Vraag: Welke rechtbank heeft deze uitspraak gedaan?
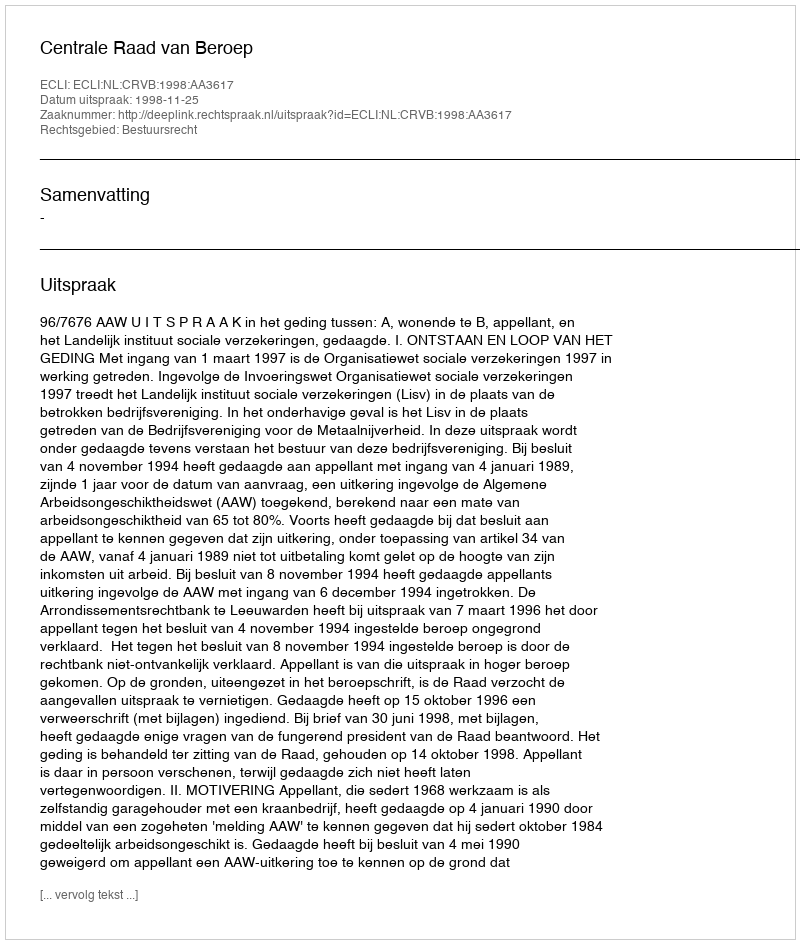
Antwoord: Centrale Raad van Beroep